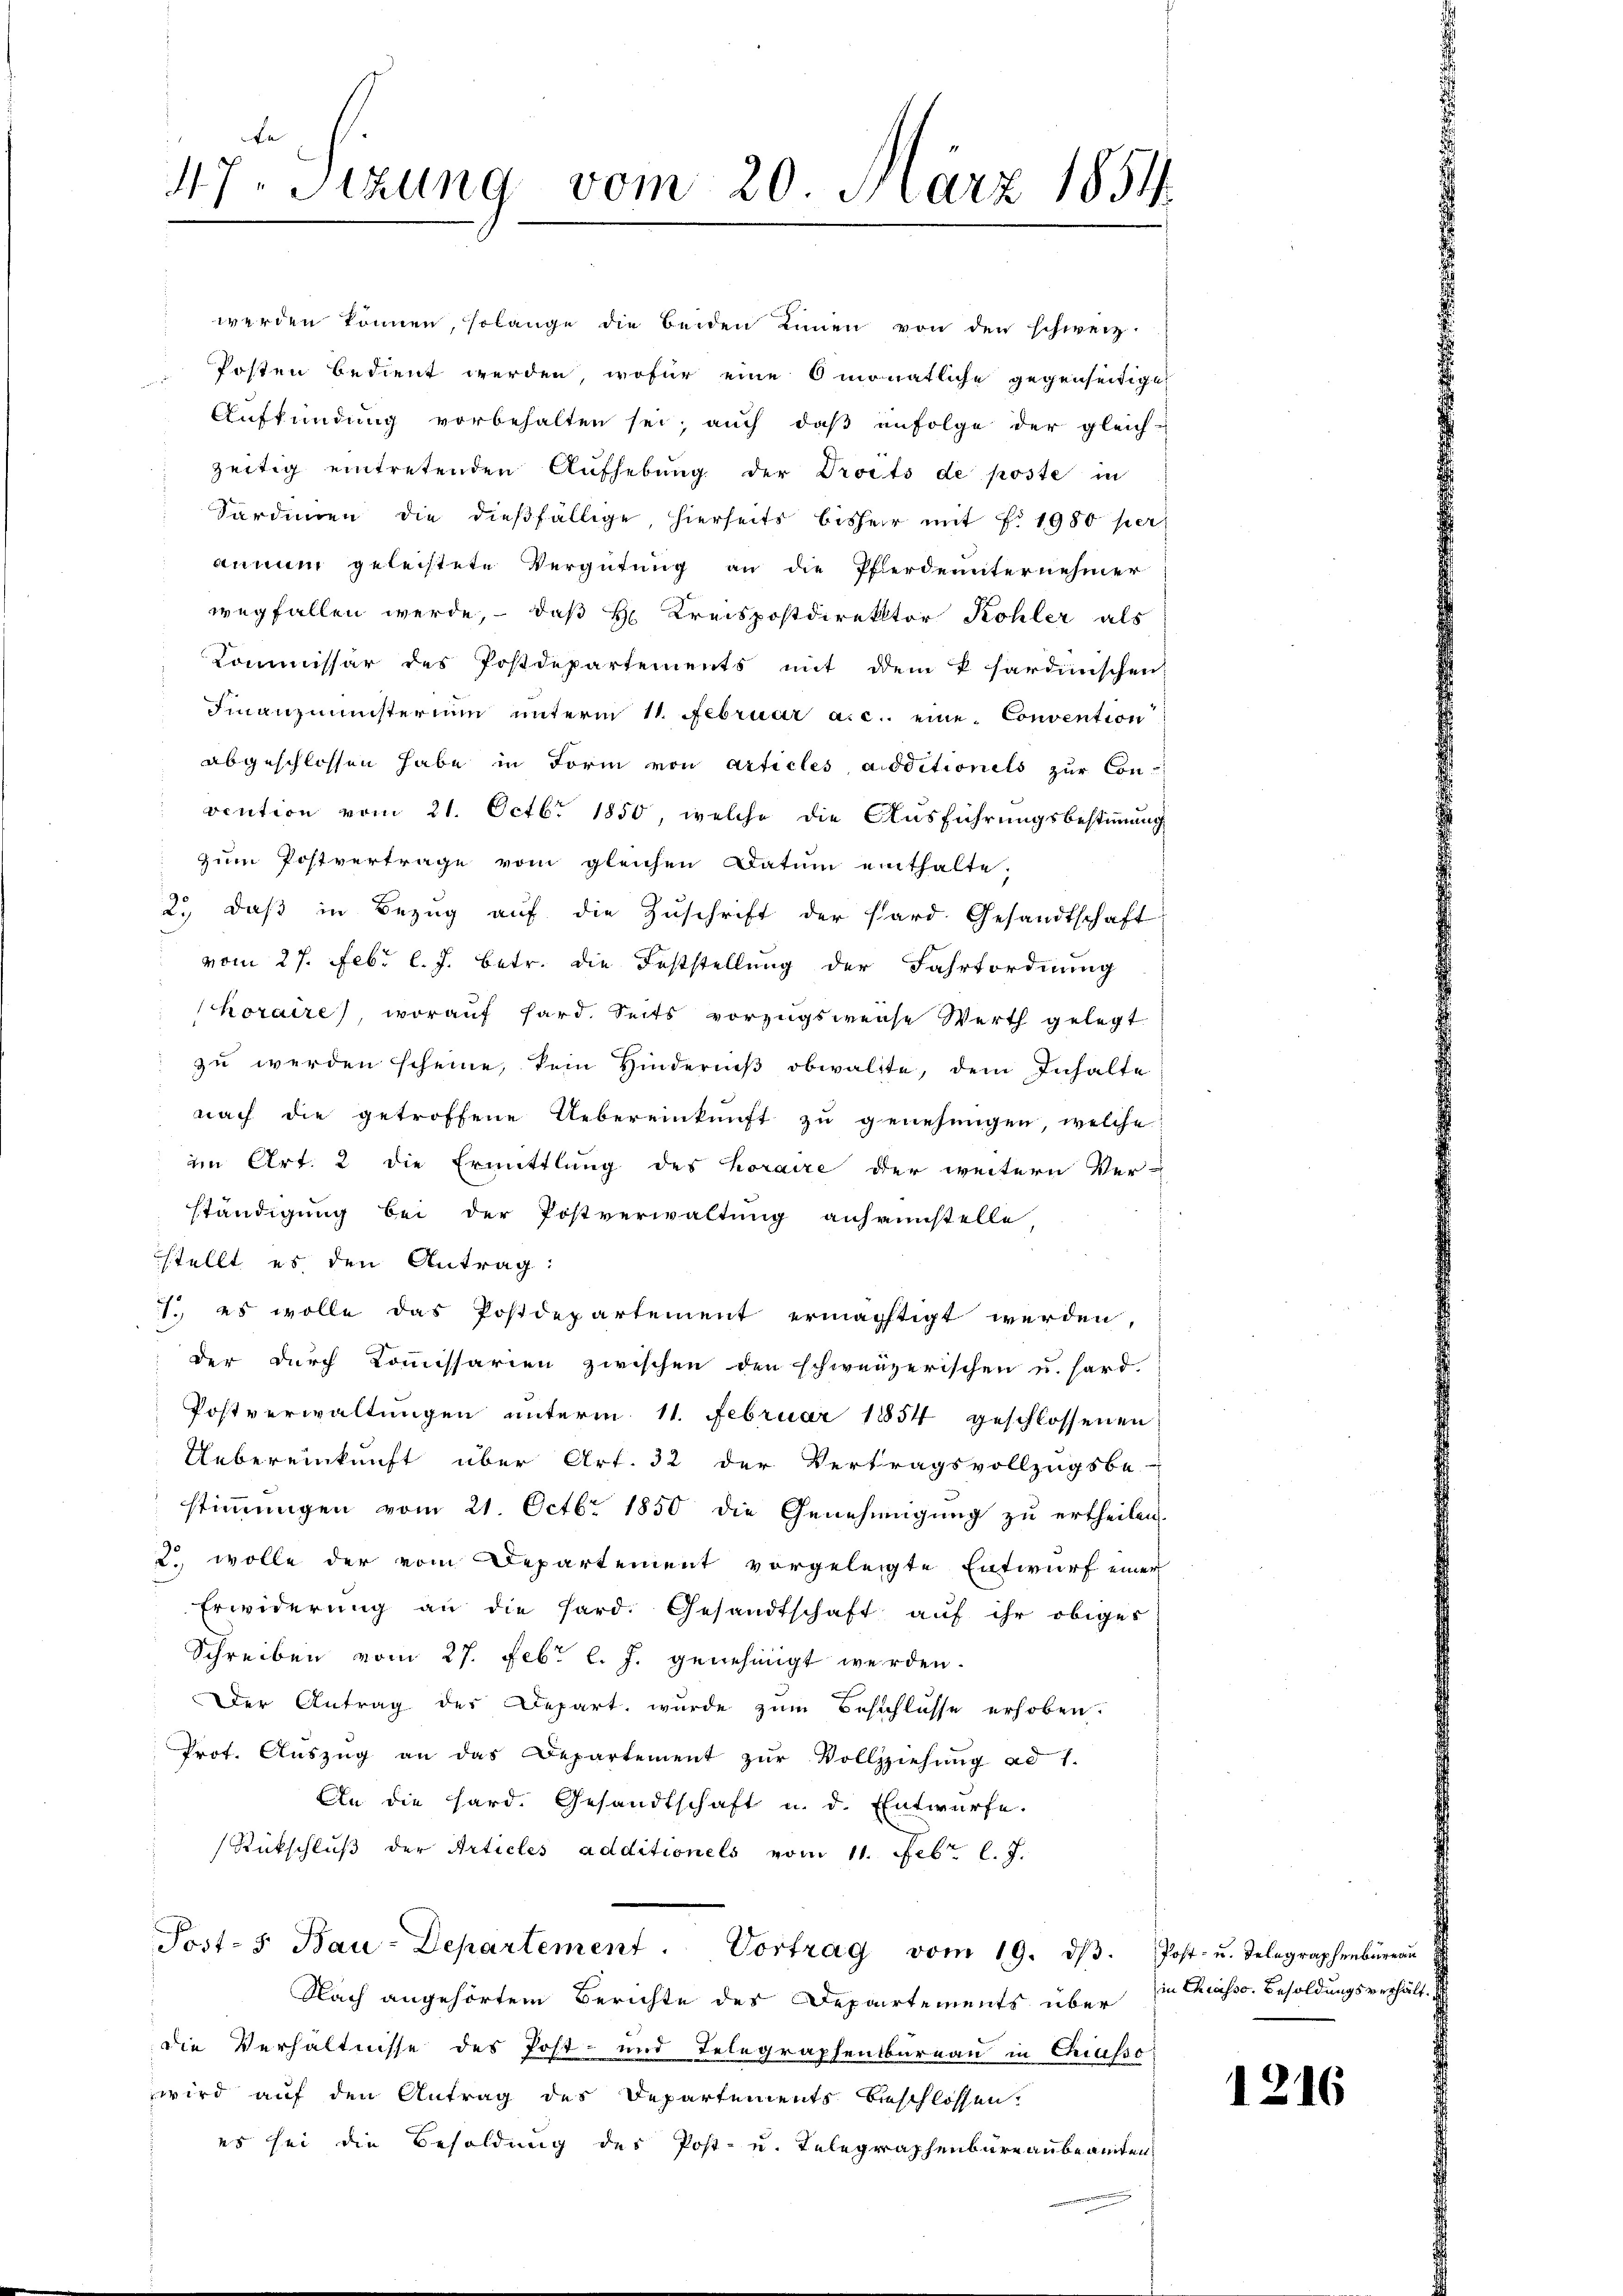
47. Sizung vom 20. März 1854.

werden können, solange die beiden einen von den schweiz.
Posten bedient werden, wofür eine 6 monatliche gegenseitige
Aufkündung vorbehalten sei; auch daß infolge der gleich-
zeitig eintretenden Aufhebung der Droits de poste in
Sardinen die dießfällige, hierseits bisherr mit Fr. 1980 per
annum geleistete Vergütung an die Pferdeuternehmer
wegfallen werde, – daß H: Kreispostdirektor Kohler als
Kommissär des Postdepartements mit dem V sardinischen
Finanzministerium unterm 11. Februar a.c. eine Convention
abgeschlossen habe in Form von Articles additionels zŭr Con-
vention vom 21. Octbr 1850, welche die Ausführungsbestimmung
zum Postvertrage vom gleichen Datum einthalte.
2. daβ in Bezŭg aŭf die Zŭschrift der Pard. Gesandtschaft
vom 27. Febr. l. J. betr. die Feststellung der Fahrtordnung
horaire) worauf hard. Seits vorzugsweise Werth gelegt
zu werden scheine, kein Hinderniß obwaltte, dem Inhalte
nach die getroffene Uebereinkunft zŭ genehmigen, welche
im Art. 2 die Ermittlung des Horaire der weitern Ver-
ständigung bei der Postverwaltung anfrunstelle
stellt es den Antrag:
1. es wolle das Postdepartement ermächtigt werden,
der durch Kommissarien zwischen den schweizerischen u. hard-
Postverwaltungen unterm 11. Februar 1854 geschlossenen
Uebereinkunft über Art. 32 der Vertragsvollzugsbe-
stimmungen vom 21. Octbr. 1850 die Genehmigung zu ertheilen.
2. wolle der vom Departement vorgeleigte Entwurf einer
Erwiderŭng an die Hard. Gesandtschaft aŭf ihr obiges
Schreiben vom 27. Febr. l. J. genehmigt werden.
Der Antrag der Depart wurde zum Beschlusse erhoben.
Prot. Aŭszŭg an das Departement zŭr Vollziehŭng ad 1.
An die hard. Gesandtschaft u. d. Entwürfe.
Rückschlŭβ der Articles additionels vom 11. Febr. l. J.
Post- 5. Bau-Departement. Vortrag vom 19. dβ. Post- u. Telegraphenbüreaŭ
Nach angehörtem Berichte des Departements über in Chiasso. Besoldungsverhältdie Verhältnisse des Post- und Telegraphenbureau in Chiasso
wird auf den Antrag des Departements beschlossen:
es sei die Besoldung des Post- u. Telegraphenbureaubeamten,

1216